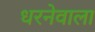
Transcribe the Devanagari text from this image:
धरनेवाला